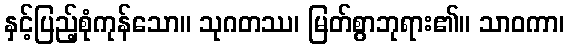
နှင့်ပြည့်စုံကုန်သော။ သုဂတဿ၊ မြတ်စွာဘုရား၏။ သာဝကာ၊